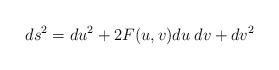
\begin{align*}ds^2=du^2+2 F(u,v) du \hspace{0.1cm} dv+dv^2\end{align*}